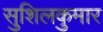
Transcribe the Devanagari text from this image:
सुशिलकुमार